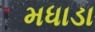
મધાડા